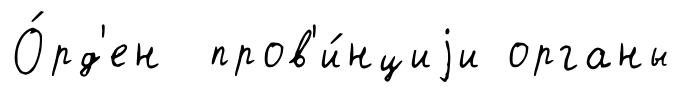
О́рд'ен пров'и́нциjи органы